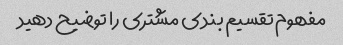
مفهوم تقسیم بندی مشتری را توضیح دهید